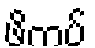
ဖိကပ်